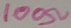
Text: 100Ω